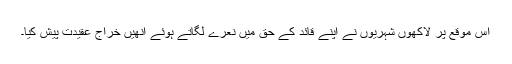
اس موقع پر لاکھوں شہریوں نے اپنے قائد کے حق میں نعرے لگاتے ہوئے اْنھیں خراج عقیدت پیش کیا۔